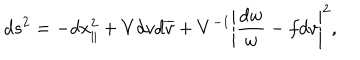
LaTeX: d s ^ { 2 } = - d x _ { \parallel } ^ { 2 } + V d v d \overline { { v } } + V ^ { - 1 } \left| \frac { d w } { w } - f d v \right| ^ { 2 } ,